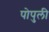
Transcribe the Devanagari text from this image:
पोपुली